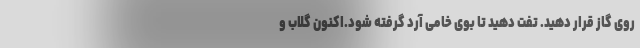
روی گاز قرار دهید. تفت دهید تا بوی خامی آرد گرفته شود.اکنون گلاب و